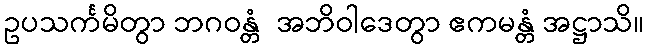
ဥပသင်္ကမိတွာ ဘဂဝန္တံ  အဘိဝါဒေတွာ ဧကမန္တံ အဋ္ဌာသိ။